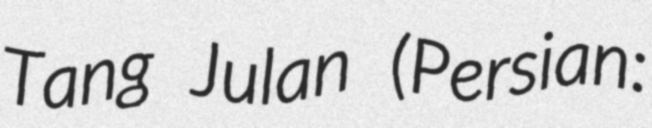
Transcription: Tang Julan (Persian: